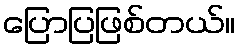
ပြောပြဖြစ်တယ်။